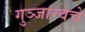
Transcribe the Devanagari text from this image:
गुञ्जारवचे